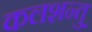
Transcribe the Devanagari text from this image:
कलशन्तु